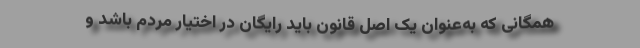
همگانی که به‌عنوان یک اصل قانون باید رایگان در اختیار مردم باشد و